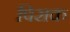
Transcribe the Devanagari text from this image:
पिराक